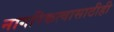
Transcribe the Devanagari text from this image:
नागरिकत्वासाठीही